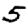
Digit: 5